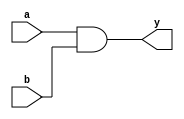
`timescale 10ns/1ps
module andgate(a,b,y);
input a,b;
output y;

assign y= a&b;

endmodule